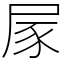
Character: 𡱰